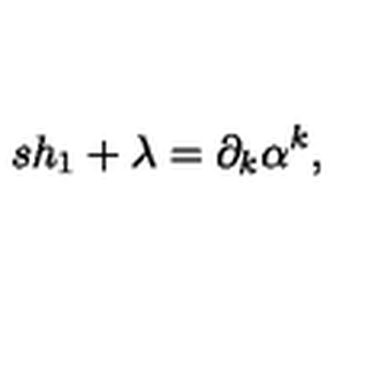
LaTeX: s h _ { 1 } + \lambda = \partial _ { k } \alpha ^ { k } ,